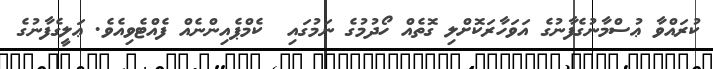
ކުރައްވާ ޢުސްމާނުގެފާނުގެ އަވަހާރަކޮށްލި ގޮތެއް ހޯދުމުގެ ނަމުގައި  ކެމްޕެއިންނެއް ފެއްޓެވިއެވެ. ޢަލީގެފާނުގެ